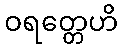
ဝရတ္တေဟိ